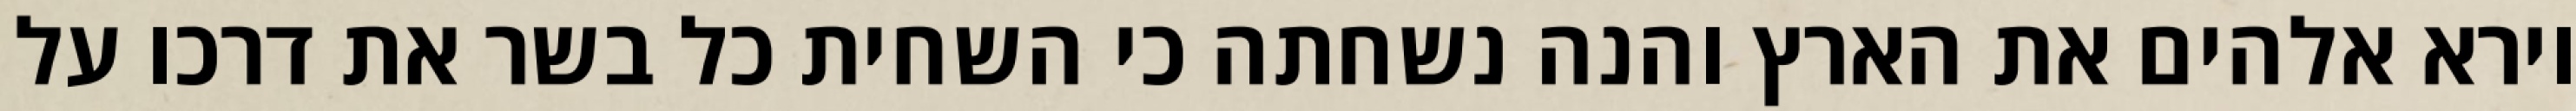
וירא אלהים את הארץ והנה נשחתה כי השחית כל בשר את דרכו על